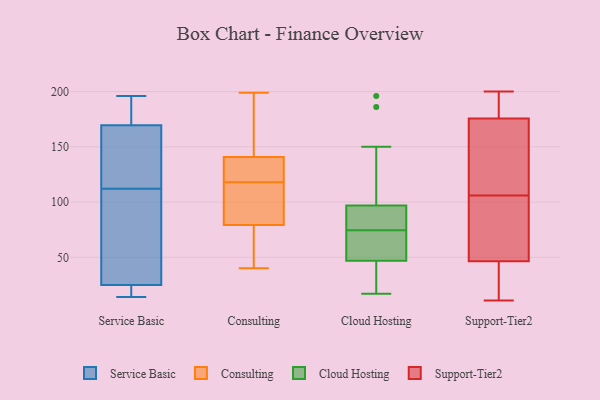
{"axis": {"x": "Tickets Resolved", "y": "Value"}, "legend": ["Cloud Hosting", "Consulting", "Service Basic", "Support-Tier2"], "data": [{"x": "", "y": 14, "type": "Service Basic"}, {"x": "", "y": 122, "type": "Service Basic"}, {"x": "", "y": 191, "type": "Service Basic"}, {"x": "", "y": 20, "type": "Service Basic"}, {"x": "", "y": 169, "type": "Service Basic"}, {"x": "", "y": 24, "type": "Service Basic"}, {"x": "", "y": 148, "type": "Service Basic"}, {"x": "", "y": 26, "type": "Service Basic"}, {"x": "", "y": 170, "type": "Service Basic"}, {"x": "", "y": 35, "type": "Service Basic"}, {"x": "", "y": 102, "type": "Service Basic"}, {"x": "", "y": 196, "type": "Service Basic"}, {"x": "", "y": 130, "type": "Consulting"}, {"x": "", "y": 118, "type": "Consulting"}, {"x": "", "y": 125, "type": "Consulting"}, {"x": "", "y": 89, "type": "Consulting"}, {"x": "", "y": 96, "type": "Consulting"}, {"x": "", "y": 199, "type": "Consulting"}, {"x": "", "y": 75, "type": "Consulting"}, {"x": "", "y": 76, "type": "Consulting"}, {"x": "", "y": 141, "type": "Consulting"}, {"x": "", "y": 68, "type": "Consulting"}, {"x": "", "y": 133, "type": "Consulting"}, {"x": "", "y": 195, "type": "Consulting"}, {"x": "", "y": 140, "type": "Consulting"}, {"x": "", "y": 182, "type": "Consulting"}, {"x": "", "y": 60, "type": "Consulting"}, {"x": "", "y": 175, "type": "Consulting"}, {"x": "", "y": 98, "type": "Consulting"}, {"x": "", "y": 103, "type": "Consulting"}, {"x": "", "y": 40, "type": "Consulting"}, {"x": "", "y": 186, "type": "Cloud Hosting"}, {"x": "", "y": 35, "type": "Cloud Hosting"}, {"x": "", "y": 53, "type": "Cloud Hosting"}, {"x": "", "y": 47, "type": "Cloud Hosting"}, {"x": "", "y": 45, "type": "Cloud Hosting"}, {"x": "", "y": 97, "type": "Cloud Hosting"}, {"x": "", "y": 65, "type": "Cloud Hosting"}, {"x": "", "y": 150, "type": "Cloud Hosting"}, {"x": "", "y": 17, "type": "Cloud Hosting"}, {"x": "", "y": 145, "type": "Cloud Hosting"}, {"x": "", "y": 28, "type": "Cloud Hosting"}, {"x": "", "y": 93, "type": "Cloud Hosting"}, {"x": "", "y": 63, "type": "Cloud Hosting"}, {"x": "", "y": 84, "type": "Cloud Hosting"}, {"x": "", "y": 86, "type": "Cloud Hosting"}, {"x": "", "y": 65, "type": "Cloud Hosting"}, {"x": "", "y": 196, "type": "Cloud Hosting"}, {"x": "", "y": 97, "type": "Cloud Hosting"}, {"x": "", "y": 76, "type": "Support-Tier2"}, {"x": "", "y": 173, "type": "Support-Tier2"}, {"x": "", "y": 24, "type": "Support-Tier2"}, {"x": "", "y": 184, "type": "Support-Tier2"}, {"x": "", "y": 192, "type": "Support-Tier2"}, {"x": "", "y": 18, "type": "Support-Tier2"}, {"x": "", "y": 200, "type": "Support-Tier2"}, {"x": "", "y": 112, "type": "Support-Tier2"}, {"x": "", "y": 159, "type": "Support-Tier2"}, {"x": "", "y": 58, "type": "Support-Tier2"}, {"x": "", "y": 131, "type": "Support-Tier2"}, {"x": "", "y": 11, "type": "Support-Tier2"}, {"x": "", "y": 194, "type": "Support-Tier2"}, {"x": "", "y": 54, "type": "Support-Tier2"}, {"x": "", "y": 106, "type": "Support-Tier2"}, {"x": "", "y": 61, "type": "Support-Tier2"}, {"x": "", "y": 24, "type": "Support-Tier2"}]}